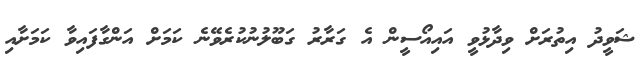
ޝަވީދު އިތުރަށް ވިދާޅުވީ އައިއޯސީން އެ ގަރާރު ގަބޫލުނުކުރެވޭނެ ކަމަށް އަންގާފައިވާ ކަމަށާއި